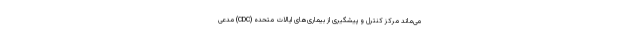
می‌ماند مرکز کنترل و پیشگیری از بیماری‌های ایالات متحده (CDC) مدعی